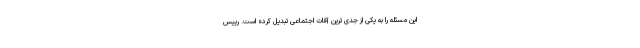
این مسئله را به یکی از جدی ترین آفات اجتماعی تبدیل کرده است. رییس